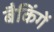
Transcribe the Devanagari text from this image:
बैकिंगें